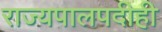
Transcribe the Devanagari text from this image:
राज्यपालपदीही